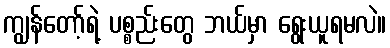
ကျွန်တော့်ရဲ့ ပစ္စည်းတွေ ဘယ်မှာ ရွေးယူရမလဲ။